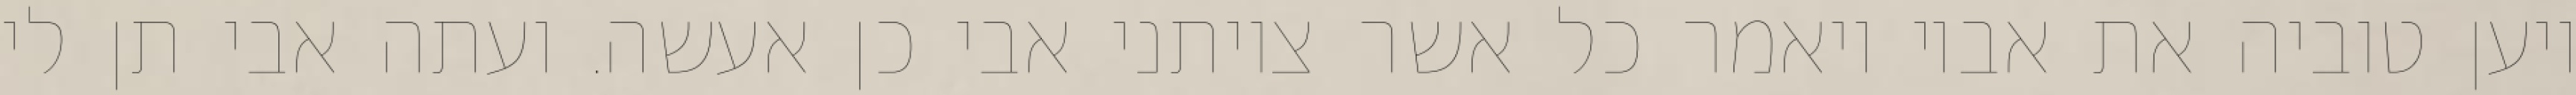
ויען טוביה את אביו ויאמר כל אשר צויתני אבי כן אעשה. ועתה אבי תן לי